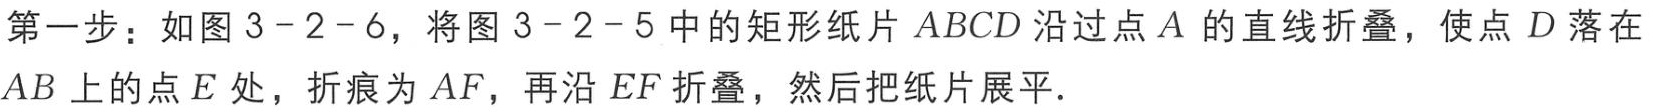
第一步：如图3 - 2 - 6，将图3 - 2 - 5中的矩形纸片\(ABCD\)沿过点\(A\)的直线折叠，使点\(D\)落在\(AB\)上的点\(E\)处，折痕为\(AF\)，再沿\(EF\)折叠，然后把纸片展平.